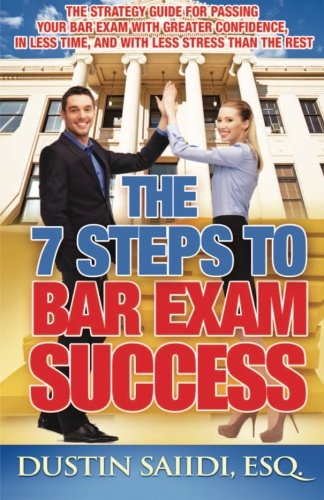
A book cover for The 7 Steps to Bar Exam Success: The Strategy Guide for Passing Your Bar Exam with Greater Confidence, in Less Time, and with Less Stress than the Rest; Dustin Saiidi; Test Preparation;